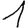
Digit: 1